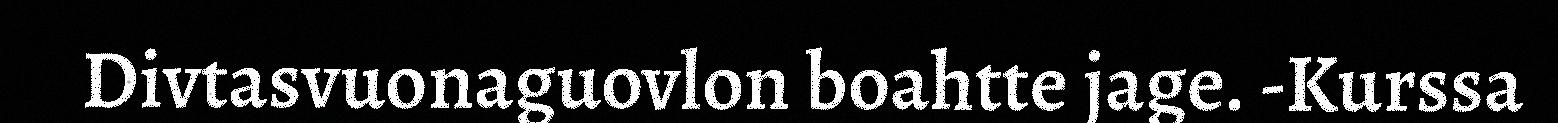
Divtasvuonaguovlon boahtte jage. -Kurssa